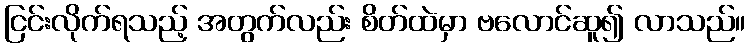
ငြင်းလိုက်ရသည့် အတွက်လည်း စိတ်ထဲမှာ ဗလောင်ဆူ၍ လာသည်။